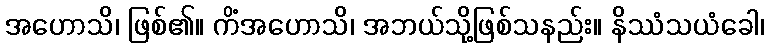
အဟောသိ၊ ဖြစ်၏။ ကိံအဟောသိ၊ အဘယ်သို့ဖြစ်သနည်း။ နိဿံသယံခေါ၊